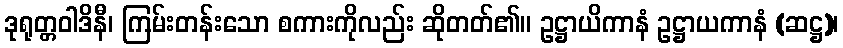
ဒုရုတ္တဝါဒိနီ၊ ကြမ်းတန်းသော စကားကိုလည်း ဆိုတတ်၏။ ဥဋ္ဌာယိကာနံ ဥဋ္ဌာယကာနံ (ဆဋ္ဌ)၊